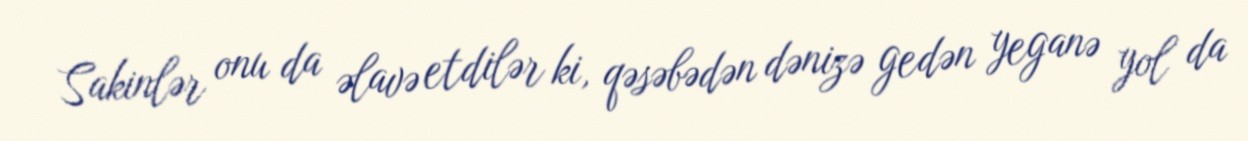
Sakinlər onu da əlavə etdilər ki, qəsəbədən dənizə gedən yeganə yol da